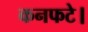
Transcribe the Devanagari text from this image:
कनफटे।